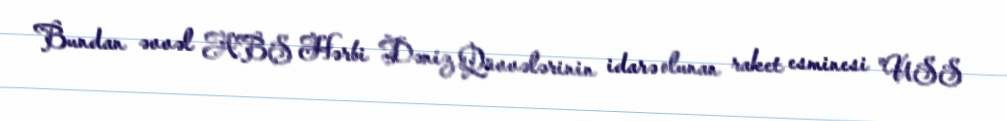
Bundan əvvəl ABŞ Hərbi Dəniz Qüvvələrinin idarə olunan raket esminesi "USS